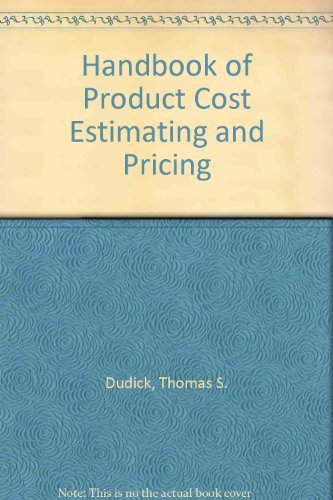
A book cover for Handbook of Product Cost Estimating and Pricing; Thomas S. Dudick; Business & Money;